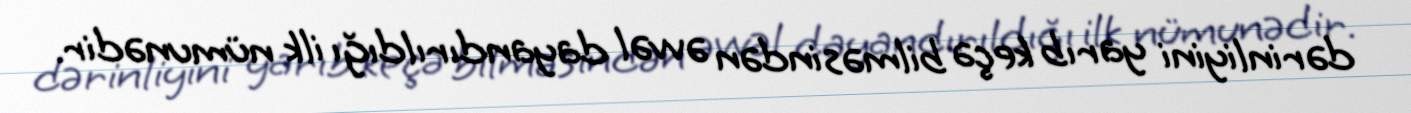
dərinliyini yarıb keçə bilməsindən əvvəl dayandırıldığı ilk nümunədir.